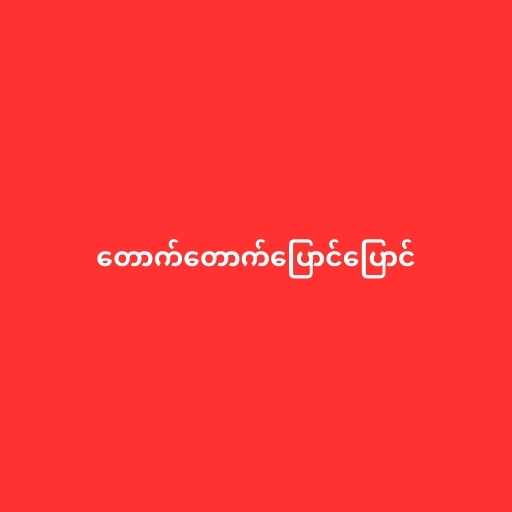
တောက်တောက်ပြောင်ပြောင်